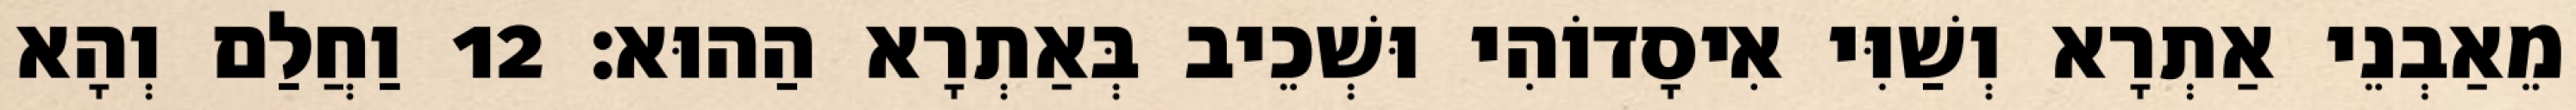
מֵאַבְנֵי אַתְרָא וְשַׁוִּי אִיסָדוֹהִי וּשְׁכֵיב בְּאַתְרָא הַהוּא׃ 12 וַחֲלַם וְהָא